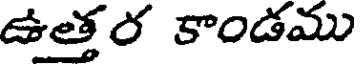
ఉత్తర కాండము